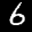
Label: 6